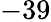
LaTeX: -39